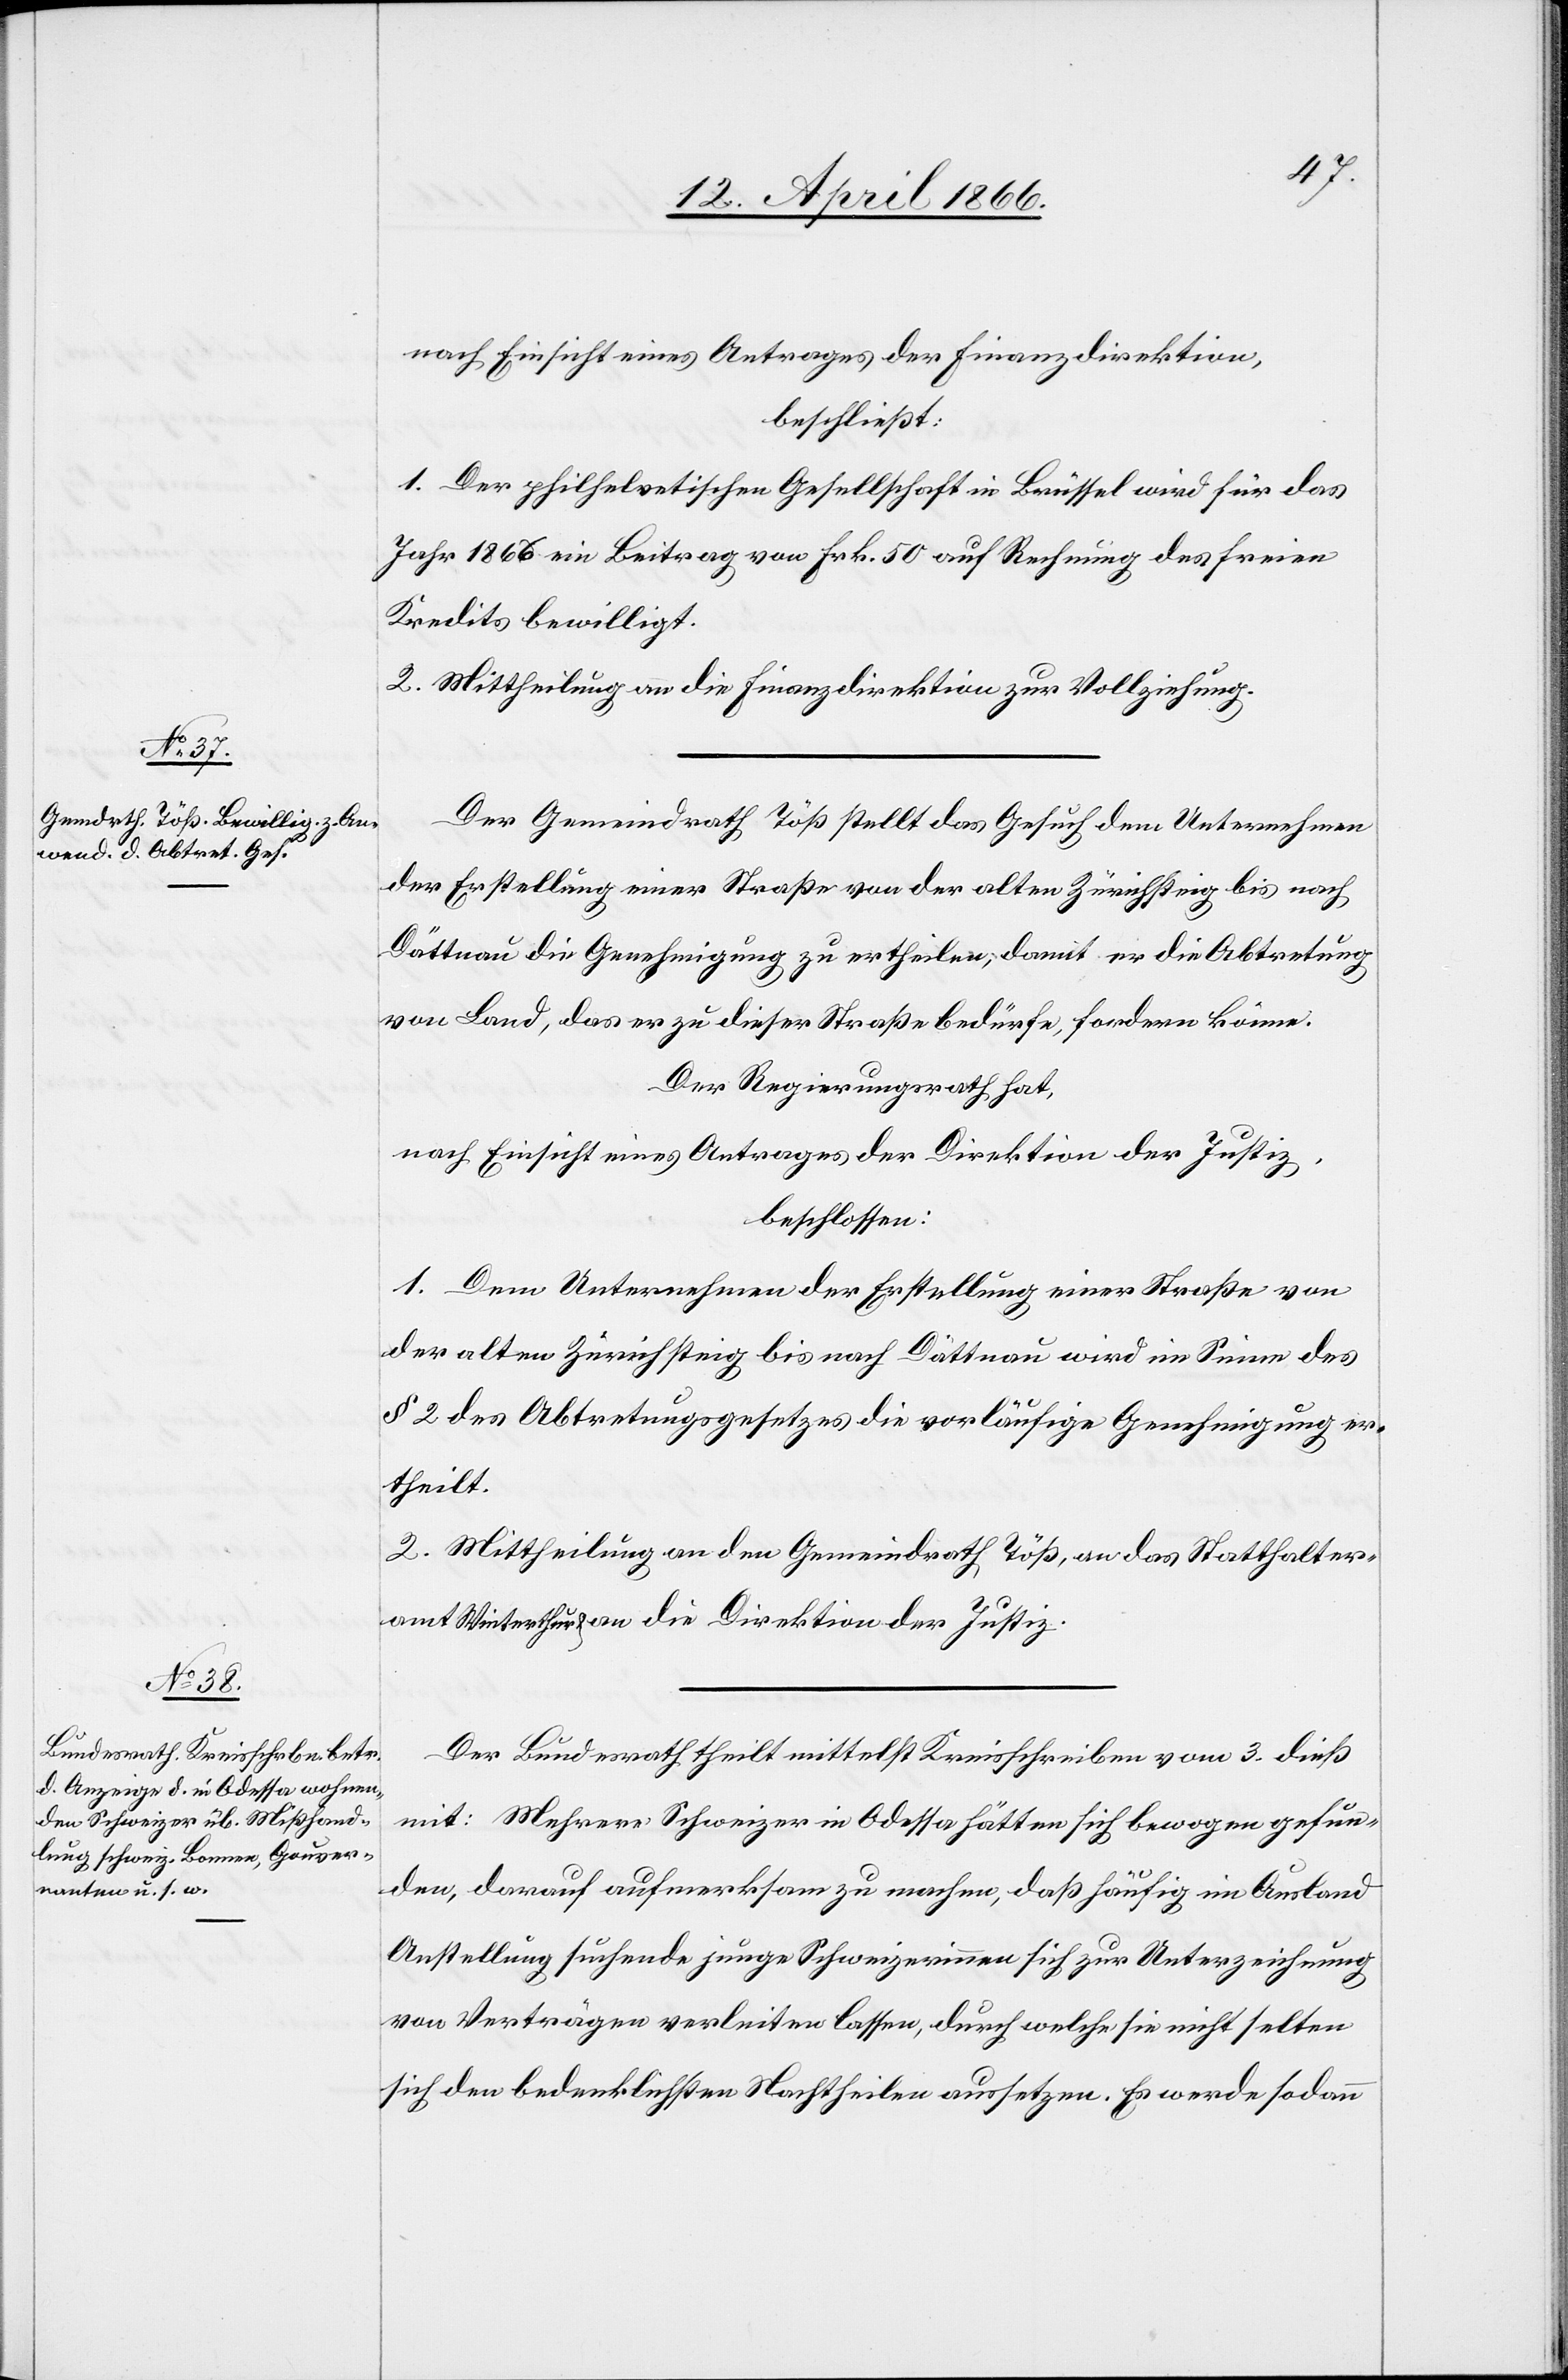
nach Einsicht eines Antrages der Finanzdirektion,
beschließt:
1. Der philhelvetischen Gesellschaft in Brüssel wird für das
Jahr 1866 ein Beitrag von Frk. 50 auf Rechnung des freien
Kredits bewilligt.
2. Mittheilung an die Finanzdirektion zur Vollziehung.
Der Gemeindrath Töß stellt das Gesuch dem Unternehmen
der Erstellung einer Straße von der alten Zürichsteig bis nach
Dättnau die Genehmigung zu ertheilen, damit er die Abtretung
von Land, das er zu dieser Straße bedürfe, fordern könne.
Der Regierungsrath hat,
nach Einsicht eines Antrages der Direktion der Justiz,
beschlossen:
1. Dem Unternehmen der Erstellung einer Straße von
der alten Zürichsteig bis nach Dättnau wird im Sinne des
§ 2 des Abtretungsgesetzes die vorläufige Genehmigung er¬
theilt.
2. Mittheilung an den Gemeindrath Töß, an das Statthalter¬
amt Winterthur u. an die Direktion der Justiz.
Der Bundesrath theilt mittelst Kreisschreiben vom 3. dieß
mit: Mehrere Schweizer in Odessa hätten sich bewogen gefun¬
den, darauf aufmerksam zu machen, daß häufig im Ausland
Anstellung suchende junge Schweizerinnen sich zur Unterzeichnung
von Verträgen verleiten lassen, durch welche sie nicht selten
sich den bedenklichsten Nachtheilen aussetzen. Es werde sodann